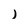
Character: j